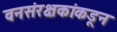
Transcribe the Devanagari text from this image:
वनसंरक्षकांकडून